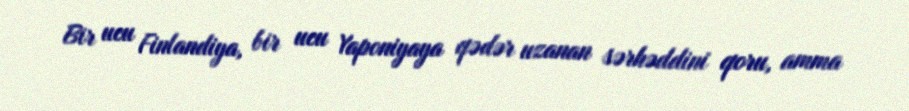
Bir ucu Finlandiya, bir ucu Yaponiyaya qədər uzanan sərhəddini qoru, amma